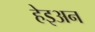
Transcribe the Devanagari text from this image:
हेइअन